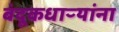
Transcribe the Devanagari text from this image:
बंदूकधाऱ्यांना